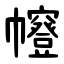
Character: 㡧